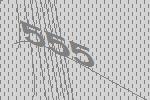
555